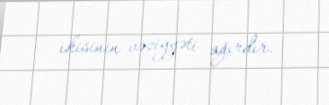
ikisinin vəziyyəti ağırdır.